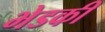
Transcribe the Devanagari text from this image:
भेडकी